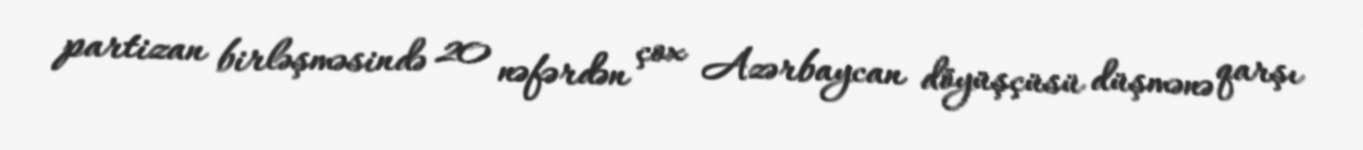
partizan birləşməsində 20 nəfərdən çox Azərbaycan döyüşçüsü düşmənə qarşı